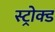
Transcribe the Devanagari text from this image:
स्ट्रोक्ड